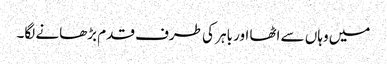
میں وہاں سے اٹھا اور باہر کی طرف قدم بڑھانے لگا۔